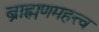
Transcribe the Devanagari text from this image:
ब्राह्मणमहत्त्व